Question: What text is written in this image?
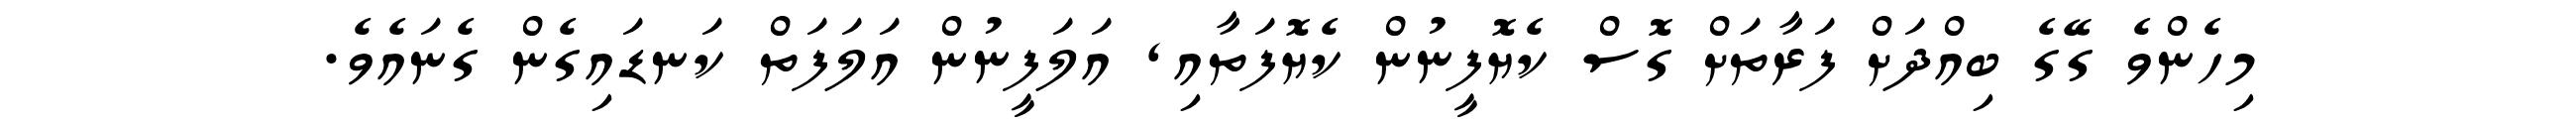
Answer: މިހެންވެ ގޭގެ ބިއްދަށް ފަރާތަށް ގޮސް ކެޔޮފީނުން ކެޔޮފަތާއި, އަލަފީނުން އަލަފަތް ކަނޑައިގެން ގެނައެވެ.